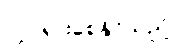
လှုပ်ရှားစေနိုင်သည်။